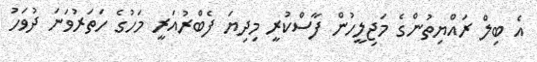
އެ ބިލް ރައްޔިތުންގެ މަޖިލީހުން ފާސްކުރީ މިދިޔަ ފެބްރުއަރީ މަހުގެ ހަތަރުވަނަ ދުވަހު